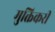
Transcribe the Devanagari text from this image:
मुक्तिकरी